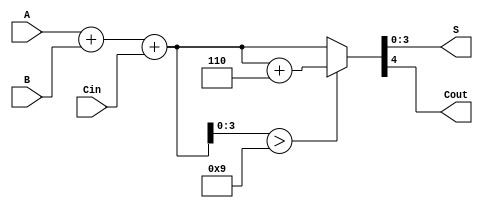
module BCD_Adder (
    input  [3:0] A,     // First BCD digit
    input  [3:0] B,     // Second BCD digit
    input        Cin,    // Carry-in
    output [3:0] S,      // BCD sum output
    output       Cout     // Carry-out
);
    wire [4:0] sum;       // 5-bit sum to account for possible carry
    wire [4:0] corrected_sum; // Sum after BCD correction
    wire correction;       // Signal to indicate whether correction is needed
  
    // Step 1: Perform binary addition
    assign sum = A + B + Cin;

    // Step 2: Determine if correction is needed (sum > 9)
    assign correction = sum[3:0] > 4'b1001;

    // Step 3: BCD Correction Logic
    assign corrected_sum = correction ? (sum + 5'b00110) : sum;

    // Step 4: Output the result and determine carry-out
    assign S = corrected_sum[3:0]; // Output sum in BCD format
    assign Cout = corrected_sum[4]; // Carry-out

endmodule